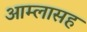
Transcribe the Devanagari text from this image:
आम्लासह